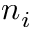
n _ { i }